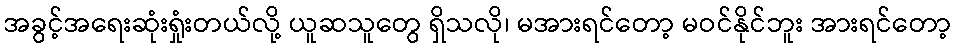
အခွင့်အရေးဆုံးရှုံးတယ်လို့ ယူဆသူတွေ ရှိသလို၊ မအားရင်တော့ မဝင်နိုင်ဘူး အားရင်တော့